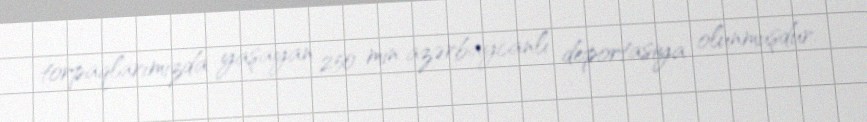
torpaqlarımızda yaşayan 250 min azərbaycanlı deportasiya olunmuşdur.